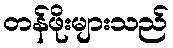
တန်ဖိုးများသည်